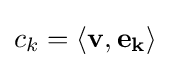
c_{k}=\langle \mathbf {v} ,\mathbf {e_{k}} \rangle